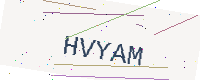
Text: HVYAM